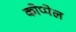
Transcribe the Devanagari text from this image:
कोप्पेल